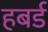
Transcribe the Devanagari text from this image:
हबर्ड